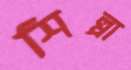
শিল্পা